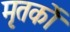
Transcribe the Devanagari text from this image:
मृतकोें